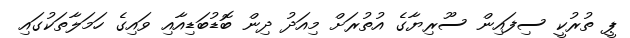
ޕީ ތުރުކީ ސިފައިން ސޫރިޔާގެ އުތުރަށް މިއަދު ދިން ބޮޑުބަޑިއާއި ވައިގެ ހަމަލާތަކުގައި